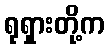
ရုရှားတို့က